Scottish Leaving Certificate Examination, 1961
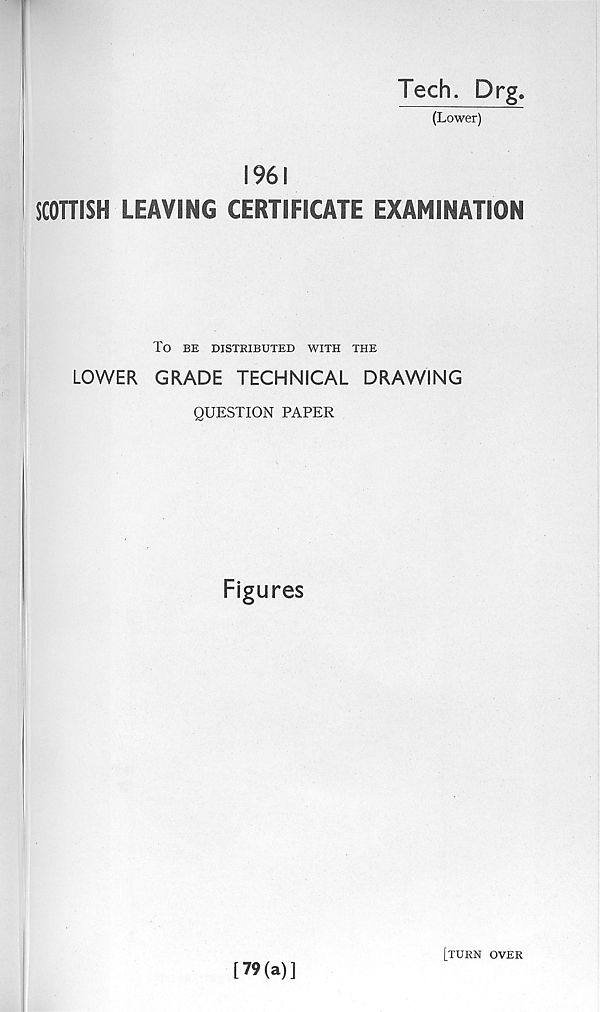
Tech. Drg.
(Lower)
1961
SCOTTISH LEAVING CERTIFICATE EXAMINATION
TO BE DISTRIBUTED WITH THE
LOWER GRADE TECHNICAL DRAWING
QUESTION PAPER
Figures
[79(a)]
[turn over